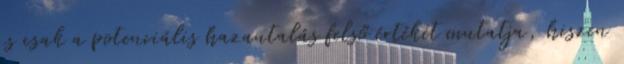
is csak a potenciális hazautalás felső értékét mutatja, hiszen